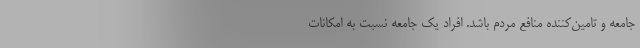
جامعه و تامین‌کننده منافع مردم باشد. افراد یک جامعه نسبت به امکانات